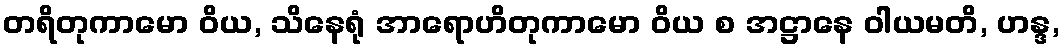
တရိတုကာမော ဝိယ, သိနေရုံ အာရောဟိတုကာမော ဝိယ စ အဋ္ဌာနေ ဝါယမတိ, ဟန္ဒ,